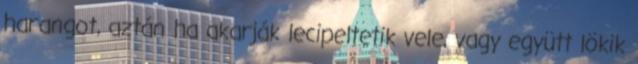
harangot, aztán ha akarják lecipeltetik vele, vagy együtt lökik